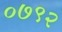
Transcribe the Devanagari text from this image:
०७९२